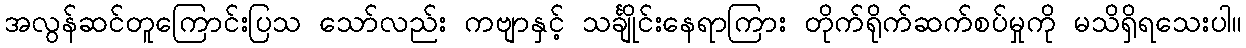
အလွန်ဆင်တူကြောင်းပြသ သော်လည်း ကဗျာနှင့် သင်္ချိုင်းနေရာကြား တိုက်ရိုက်ဆက်စပ်မှုကို မသိရှိရသေးပါ။